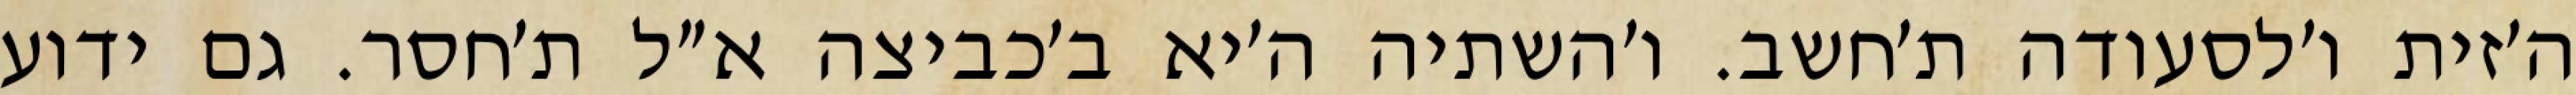
ה׳זית ו׳לסעודה ת׳חשב. ו׳השתיה ה׳יא ב׳כביצה א״ל ת׳חסר. גם ידוע